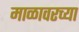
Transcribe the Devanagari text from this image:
माळावरच्या